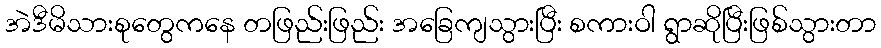
အဲဒီမိသားစုတွေကနေ တဖြည်းဖြည်း အခြေကျသွားပြီး စကားဝါ ရွာဆိုပြီးဖြစ်သွားတာ